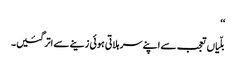
‘‘
بلّیاں تعجب سے اپنے سر ہلاتی ہوئی زینے سے اتر گئیں۔